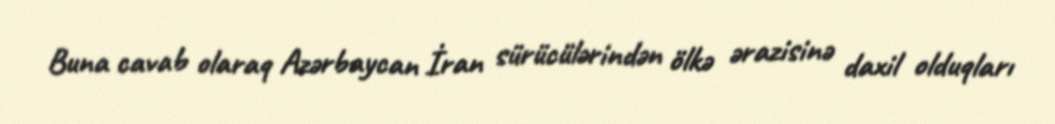
Buna cavab olaraq Azərbaycan İran sürücülərindən ölkə ərazisinə daxil olduqları